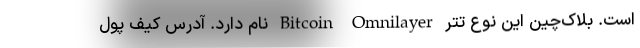
است. بلاک‌چین این نوع تتر Bitcoin Omnilayer نام دارد. آدرس کیف پول